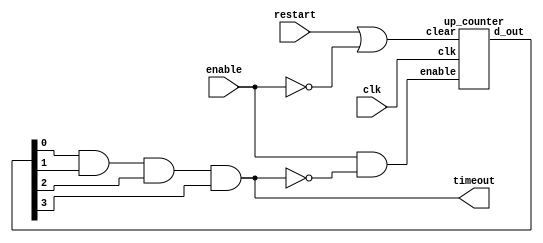
`timescale 1s / 1s
module Watchdog (output timeout, input restart , enable, clk);

wire w_restart , w_enable, not_enable,not_timeout; 
wire [3:0] d_out;
wire w1,w2,w3,w4;
reg [3:0] t_value = 4'b1111;


not (not_enable, enable);
not (not_timeout, timeout);
or (w_reset, restart,not_enable);
and (w_enable, enable, not_timeout);


up_counter counter(d_out,w_enable,w_reset,clk);

xnor g1 (w1,d_out[0],t_value[0]);
xnor g2 (w2,d_out[1],t_value[1]);
xnor g3 (w3,d_out[2],t_value[2]);
xnor g4 (w4,d_out[3],t_value[3]);

and g5 (timeout,w1,w2,w3,w4);

endmodule 


module up_counter(d_out,enable,clear,clk);

input enable,clear,clk;
output [3:0] d_out;
wire w11 , w22 , w33 ;

T_FF tff0 (d_out[0],enable,clear,clk);
and count_and_1 (w11,d_out[0],enable);

T_FF tff1 (d_out[1],w11,clear,clk);
and count_and_2 (w22,d_out[1], w11);

T_FF tff2 (d_out[2],w22,clear,clk);
and count_and_3 (w33,d_out[2],w22);

T_FF tff3 (d_out[3],w33,clear,clk);

endmodule 

 
module T_FF (out,t,clear,clk);  
output reg out;
input t,clk,clear;
  always @ (posedge clk) begin  
    if (clear)  
      out <= 0;  
    else  
        if (t)  
            out <= ~out;  
        else  
            out <= out;  
  end  
endmodule